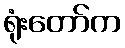
ရုံးတော်က